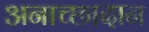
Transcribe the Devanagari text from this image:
अनाच्छादान